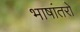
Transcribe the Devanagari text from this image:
भाषांतरों